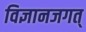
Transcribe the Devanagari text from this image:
विज्ञानजगत्‌